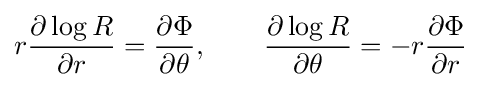
r{\frac {\partial \log R}{\partial r}}={\frac {\partial \Phi }{\partial \theta }},\ \ \ \ \ \ {\frac {\partial \log R}{\partial \theta }}=-r{\frac {\partial \Phi }{\partial r}}